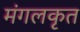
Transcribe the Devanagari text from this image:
मंगलकृत